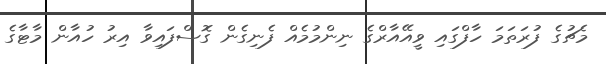
މެޗުގެ ފުރަތަމަ ހާފްގައި ވީއޭއާރްގެ ނިންމުމެއް ފެނިގެން ގޮސްފައިވާ އިރު ހުއާން މާޓާގެ